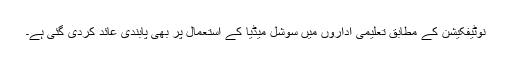
نوٹیفکیشن کے مطابق تعلیمی اداروں میں سوشل میڈیا کے استعمال پر بھی پابندی عائد کردی گئی ہے۔